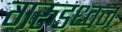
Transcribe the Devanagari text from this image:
गरुडध्वज